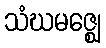
သံဃမဇ္ဈေ